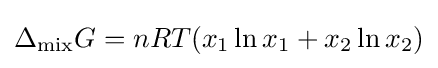
\Delta _{\text{mix}}G=nRT(x_{1}\ln x_{1}+x_{2}\ln x_{2})